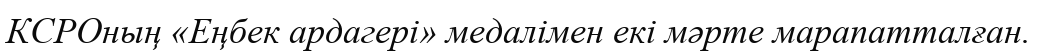
КСРОның «Еңбек ардагері» медалімен екі мәрте марапатталған.